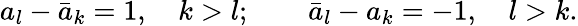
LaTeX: a_{l}-\bar{a}_{k}=1,\quad k>l;\quad\quad\bar{a}_{l}-a_{k}=-1,\quad l>k.